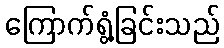
ကြောက်ရွံ့ခြင်းသည်